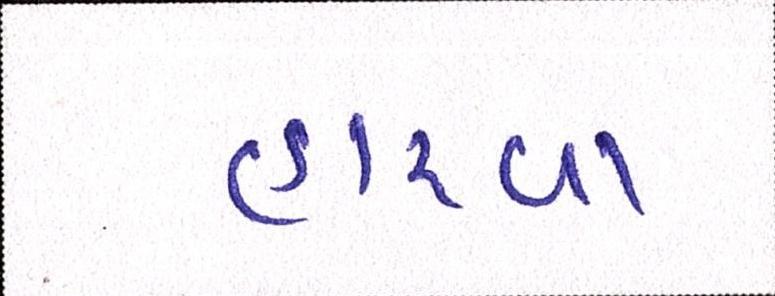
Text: હારવા